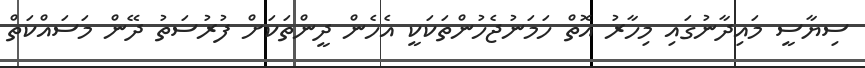
ސިޔާސީ މައިދާނުގައި މިހާރު އޮތް ހަމަނުޖެހުންތަކަކީ އެހެން ދީންތަކަށް ފުރުސަތު ދޭން މަސައްކަތް